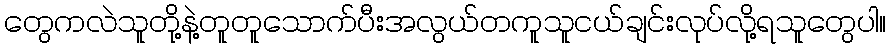
တွေကလဲသူတို့နဲ့တူတူသောက်ပီးအလွယ်တကူသူငယ်ချင်းလုပ်လို့ရသူတွေပါ။